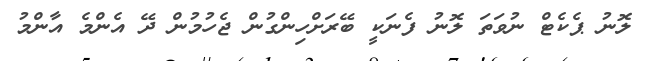
ލޮނު ޕެކެޓް ނުވަތަ ލޮނު ފެނަކީ ބޭރަށްހިންގުން ޖެހުމުން ދޭ އެންމެ އާންމު